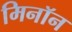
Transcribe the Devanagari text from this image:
मिनॉन